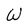
Character: W